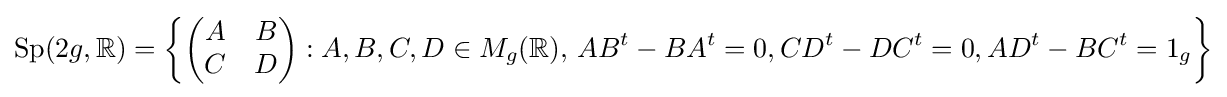
\mathrm {Sp} (2g,\mathbb {R} )=\left\{{\begin{pmatrix}A&B\\C&D\end{pmatrix}}:A,B,C,D\in M_{g}(\mathbb {R} ),\,AB^{t}-BA^{t}=0,CD^{t}-DC^{t}=0,AD^{t}-BC^{t}=1_{g}\right\}